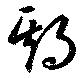
期